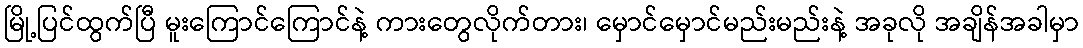
မြို့ပြင်ထွက်ပြီ မူးကြောင်ကြောင်နဲ့ ကားတွေလိုက်တား၊ မှောင်မှောင်မည်းမည်းနဲ့ အခုလို အချိန်အခါမှာ